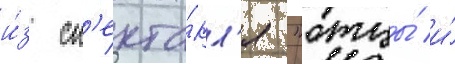
и́з сп'екта́кл'я "отцы́ и́